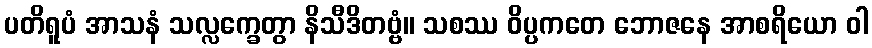
ပတိရူပံ အာသနံ သလ္လက္ခေတွာ နိသီဒိတဗ္ဗံ။ သစဿ ဝိပ္ပကတေ ဘောဇနေ အာစရိယော ဝါ